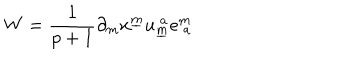
W = { \frac { 1 } { p + 1 } } \partial _ { m } x ^ { \underline { { m } } } u _ { \underline { { m } } } ^ { ~ a } e _ { ~ a } ^ { m }